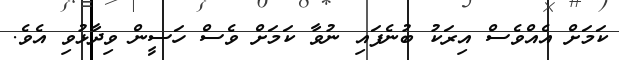
ކަމަށް އެއްވެސް އިރަކު ބުނެފައި ނުވާ ކަމަށް ވެސް ހަސީން ވިދާޅުވި އެވެ.